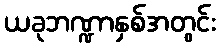
ယခုဘဏ္ဍာနှစ်အတွင်း